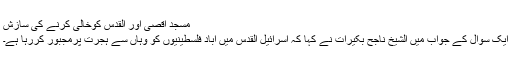
مسجد اقصیٰ اور القدس کوخالی کرنے کی سازش
ایک سوال کے جواب میں الشیخ ناجح بکیرات نے کہا کہ اسرائیل القدس میں آباد فلسطینیوں کو وہاں سے ہجرت پرمجبور کررہا ہے۔